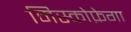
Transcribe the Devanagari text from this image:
मिस्कोफ़ेगा